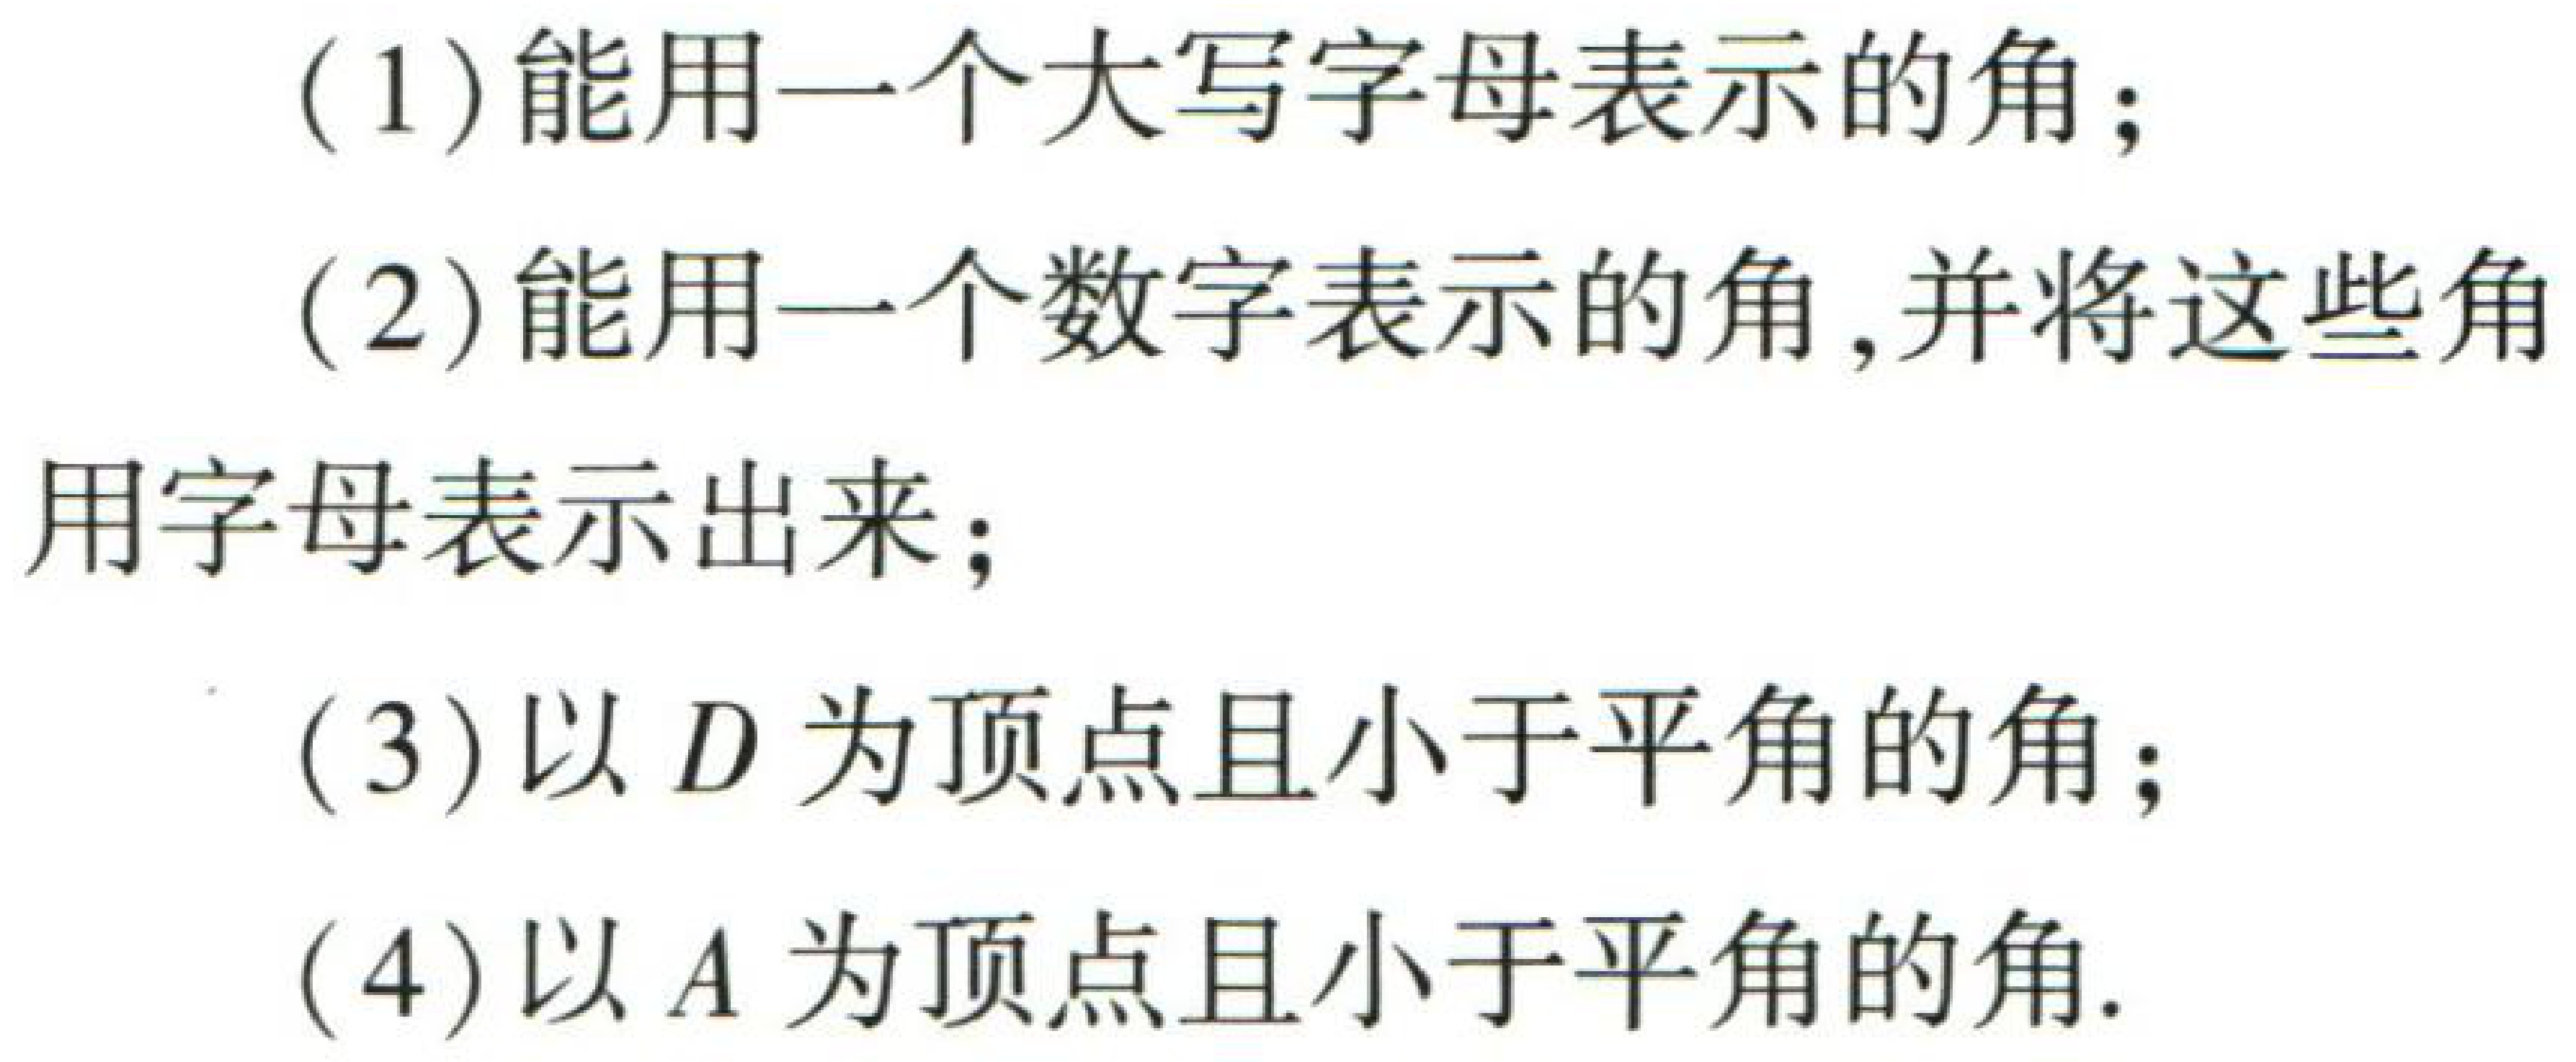
(1)能用一个大写字母表示的角；

(2)能用一个数字表示的角,并将这些角用字母表示出来；

(3)以 \(D\) 为顶点且小于平角的角；

(4)以 \(A\) 为顶点且小于平角的角.